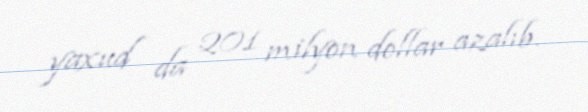
yaxud da 201 milyon dollar azalıb.